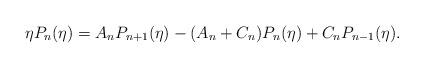
LaTeX: \begin{align*} \eta P_n(\eta)=A_nP_{n+1}(\eta)-(A_n+C_n)P_n(\eta)+C_nP_{n-1}(\eta). \end{align*}